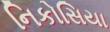
નિકોસિયા